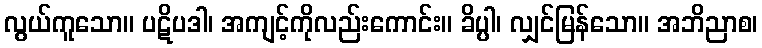
လွယ်ကူသော။ ပဋိပဒါ၊ အကျင့်ကိုလည်းကောင်း။ ခိပ္ပါ၊ လျှင်မြန်သော။ အဘိညာစ၊